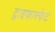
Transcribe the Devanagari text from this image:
ट्राइफास्फेट